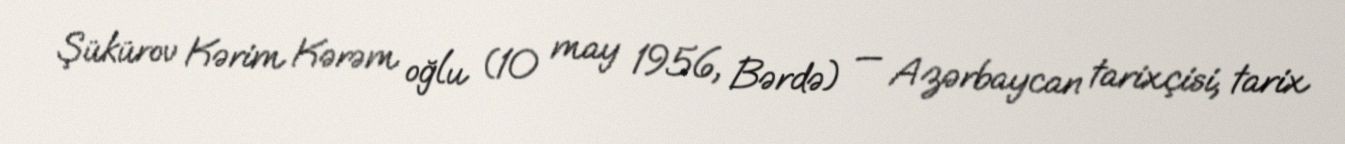
Şükürov Kərim Kərəm oğlu (10 may 1956, Bərdə) — Azərbaycan tarixçisi, tarix